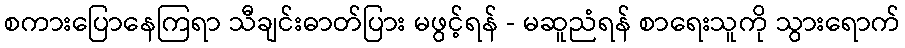
စကားပြောနေကြရာ သီချင်းဓာတ်ပြား မဖွင့်ရန် - မဆူညံရန် စာရေးသူကို သွားရောက်